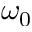
\omega _ { 0 }